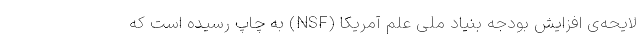
لایحه‌ی افزایش بودجه بنیاد ملی علم آمریکا (NSF) به چاپ رسیده است که